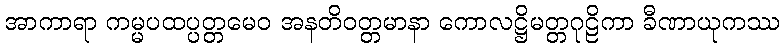
အာကာရာ ကမ္မပထပ္ပတ္တမေဝ အနတိဝတ္တမာနာ ကောလဋ္ဌိမတ္တဂုဠိကာ ခီဏာယုကဿ